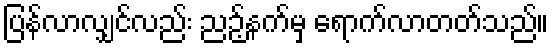
ပြန်လာလျှင်လည်း ညဉ့်နက်မှ ရောက်လာတတ်သည်။